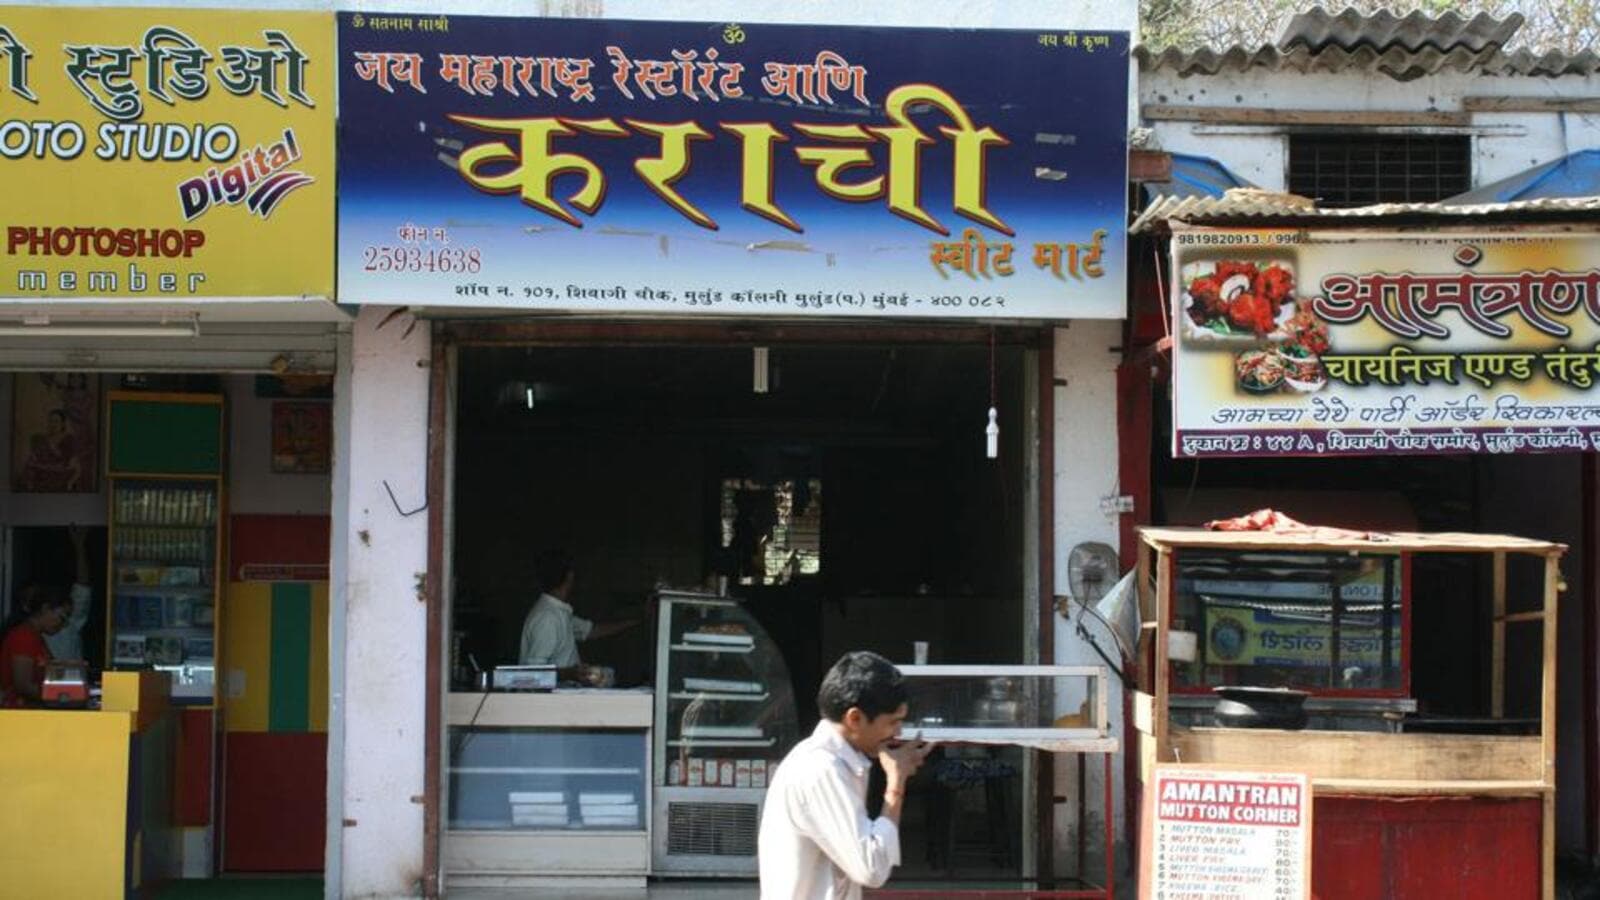
Language: marathi
Transcription: स्टुडिओ महाराष्ट्र रेस्टॉरंट आणि स्वीट चायनीज जय मार्ट एण्ड कराची